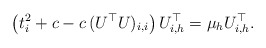
\begin{align*}\left( t_i^2 + c - c \, (U^\top U)_{i,i} \right) U^\top_{i,h} = \mu_h U^\top_{i,h}.\end{align*}